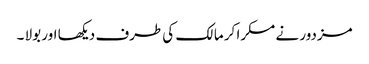
مزدور نے مسکرا کر مالک کی طرف دیکھا اور بولا ۔